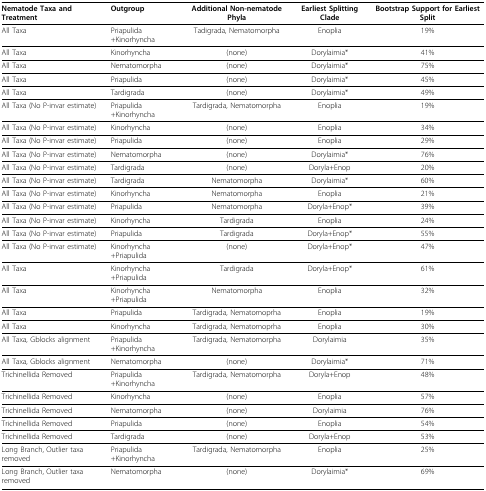
<table><thead><tr><td><b>Nematode Taxa and Treatment</b></td><td><b>Outgroup</b></td><td><b>Additional Non-nematode Phyla</b></td><td><b>Earliest Splitting Clade</b></td><td><b>Bootstrap Support for Earliest Split</b></td></tr></thead><tbody><tr><td>All Taxa</td><td>Priapulida+Kinorhyncha</td><td>Tadigrada, Nematomorpha</td><td>Enoplia</td><td>19%</td></tr><tr><td>All Taxa</td><td>Kinorhyncha</td><td>(none)</td><td>Dorylaimia*</td><td>41%</td></tr><tr><td>All Taxa</td><td>Nematomorpha</td><td>(none)</td><td>Dorylaimia*</td><td>75%</td></tr><tr><td>All Taxa</td><td>Priapulida</td><td>(none)</td><td>Dorylaimia*</td><td>45%</td></tr><tr><td>All Taxa</td><td>Tardigrada</td><td>(none)</td><td>Dorylaimia*</td><td>49%</td></tr><tr><td>All Taxa (No P-invar estimate)</td><td>Priapulida+Kinorhyncha</td><td>Tardigrada, Nematomorpha</td><td>Enoplia</td><td>19%</td></tr><tr><td>All Taxa (No P-invar estimate)</td><td>Kinorhyncha</td><td>(none)</td><td>Enoplia</td><td>34%</td></tr><tr><td>All Taxa (No P-invar estimate)</td><td>Priapulida</td><td>(none)</td><td>Enoplia</td><td>29%</td></tr><tr><td>All Taxa (No P-invar estimate)</td><td>Nematomorpha</td><td>(none)</td><td>Dorylaimia*</td><td>76%</td></tr><tr><td>All Taxa (No P-invar estimate)</td><td>Tardigrada</td><td>(none)</td><td>Doryla+Enop</td><td>20%</td></tr><tr><td>All Taxa (No P-invar estimate)</td><td>Tardigrada</td><td>Nematomorpha</td><td>Dorylaimia*</td><td>60%</td></tr><tr><td>All Taxa (No P-invar estimate)</td><td>Kinorhyncha</td><td>Nematomorpha</td><td>Enoplia</td><td>21%</td></tr><tr><td>All Taxa (No P-invar estimate)</td><td>Priapulida</td><td>Nematomorpha</td><td>Doryla+Enop*</td><td>39%</td></tr><tr><td>All Taxa (No P-invar estimate)</td><td>Kinorhyncha</td><td>Tardigrada</td><td>Enoplia</td><td>24%</td></tr><tr><td>All Taxa (No P-invar estimate)</td><td>Priapulida</td><td>Tardigrada</td><td>Doryla+Enop*</td><td>55%</td></tr><tr><td>All Taxa (No P-invar estimate)</td><td>Kinorhyncha+Priapulida</td><td>(none)</td><td>Doryla+Enop*</td><td>47%</td></tr><tr><td>All Taxa</td><td>Kinorhyncha+Priapulida</td><td>Tardigrada</td><td>Doryla+Enop*</td><td>61%</td></tr><tr><td>All Taxa</td><td>Kinorhyncha+Priapulida</td><td>Nematomorpha</td><td>Enoplia</td><td>32%</td></tr><tr><td>All Taxa</td><td>Priapulida</td><td>Tardigrada, Nematomoprha</td><td>Enoplia</td><td>19%</td></tr><tr><td>All Taxa</td><td>Kinorhyncha</td><td>Tardigrada, Nematomoprha</td><td>Enoplia</td><td>30%</td></tr><tr><td>All Taxa, Gblocks alignment</td><td>Priapulida+Kinorhyncha</td><td>Tardigrada, Nematomorpha</td><td>Dorylaimia</td><td>35%</td></tr><tr><td>All Taxa, Gblocks alignment</td><td>Nematomorpha</td><td>(none)</td><td>Dorylaimia*</td><td>71%</td></tr><tr><td>Trichinellida Removed</td><td>Priapulida+Kinorhyncha</td><td>Tardigrada, Nematomorpha</td><td>Doryla+Enop</td><td>48%</td></tr><tr><td>Trichinellida Removed</td><td>Kinorhyncha</td><td>(none)</td><td>Enoplia</td><td>57%</td></tr><tr><td>Trichinellida Removed</td><td>Nematomorpha</td><td>(none)</td><td>Dorylaimia</td><td>76%</td></tr><tr><td>Trichinellida Removed</td><td>Priapulida</td><td>(none)</td><td>Enoplia</td><td>54%</td></tr><tr><td>Trichinellida Removed</td><td>Tardigrada</td><td>(none)</td><td>Doryla+Enop</td><td>53%</td></tr><tr><td>Long Branch, Outlier taxa removed</td><td>Priapulida+Kinorhyncha</td><td>Tardigrada, Nematomorpha</td><td>Enoplia</td><td>25%</td></tr><tr><td>Long Branch, Outlier taxa removed</td><td>Nematomorpha</td><td>(none)</td><td>Dorylaimia*</td><td>69%</td></tr></tbody></table>